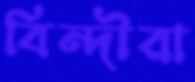
বিন্দীরা